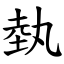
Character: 埶